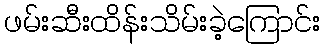
ဖမ်းဆီးထိန်းသိမ်းခဲ့ကြောင်း